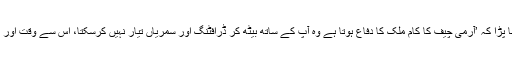
اور جسٹس کھوسہ کو کہنا پڑا کہ ’آرمی چیف کا کام ملک کا دفاع ہوتا ہے وہ آپ کے ساتھ بیٹھ کر ڈرافٹنگ اور سمریاں تیار نہیں کرسکتا، اس سے وقت اور انرجیز کا ضیاع ہوتا ہے۔